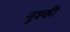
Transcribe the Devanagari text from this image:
नूश्की